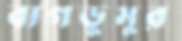
বাগডুমুর